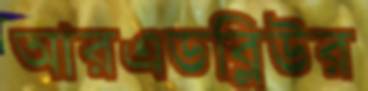
আরএডব্লিউর